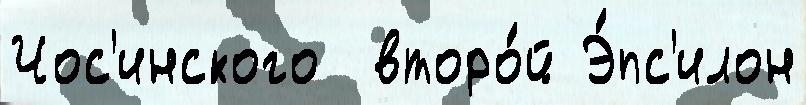
Чос'инского  второ́й Э́пс'илон